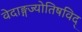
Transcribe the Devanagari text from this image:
वेदाङ्गज्याेतिषविद्